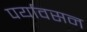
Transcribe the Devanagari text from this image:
पर्यावसन